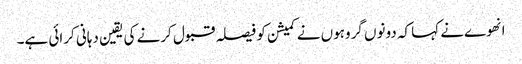
انهوےنے کہا کہ دونوں گروہوں نے کمیشن کو فیصلہ قبول کرنے کی یقین دہانی کرائی ہے۔